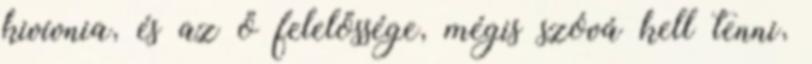
kivívnia, és az ő felelőssége, mégis szóvá kell tenni,